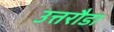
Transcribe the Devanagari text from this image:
उत्तरौडा